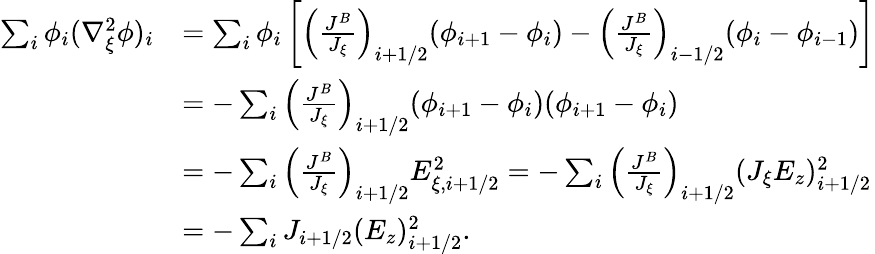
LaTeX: \begin{array}{rl}{\sum_{i}\phi_{i}(\nabla_{\xi}^{2}\phi)_{i}}&{=\sum_{i}\phi_{i}\left[\left(\frac{J^{B}}{J_{\xi}}\right)_{i+1/2}(\phi_{i+1}-\phi_{i})-\left(\frac{J^{B}}{J_{\xi}}\right)_{i-1/2}(\phi_{i}-\phi_{i-1})\right]}\\ &{=-\sum_{i}\left(\frac{J^{B}}{J_{\xi}}\right)_{i+1/2}(\phi_{i+1}-\phi_{i})(\phi_{i+1}-\phi_{i})}\\ &{=-\sum_{i}\left(\frac{J^{B}}{J_{\xi}}\right)_{i+1/2}E_{\xi,i+1/2}^{2}=-\sum_{i}\left(\frac{J^{B}}{J_{\xi}}\right)_{i+1/2}(J_{\xi}{E_{z}})_{i+1/2}^{2}}\\ &{=-\sum_{i}J_{i+1/2}({E_{z}})_{i+1/2}^{2}.}\end{array}